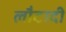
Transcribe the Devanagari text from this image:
लौटादी